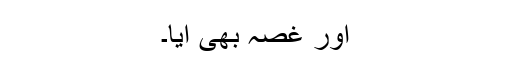
اور غصہ بھی آیا۔